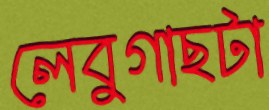
লেবুগাছটা